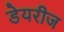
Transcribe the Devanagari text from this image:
डेयरीज